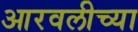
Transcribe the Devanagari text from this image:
आरवलीच्या